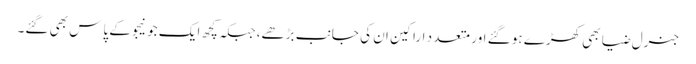
جنرل ضیا بھی کھڑے ہو گئے اور متعد د اراکین ان کی جانب بڑھے، جبکہ کچھ ایک جو نیجو کے پاس بھی گئے۔